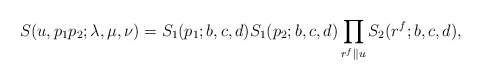
\begin{align*}S(u,p_1p_2;\lambda,\mu,\nu)=S_1(p_1;b,c,d)S_1(p_2;b,c,d)\prod_{r^f\|u}S_2(r^f;b,c,d), \end{align*}